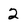
Character: 2